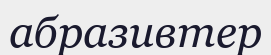
абразивтер